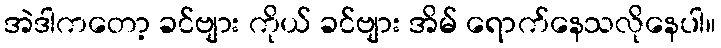
အဲဒါကတော့ ခင်ဗျား ကိုယ် ခင်ဗျား အိမ် ရောက်နေသလိုနေပါ။